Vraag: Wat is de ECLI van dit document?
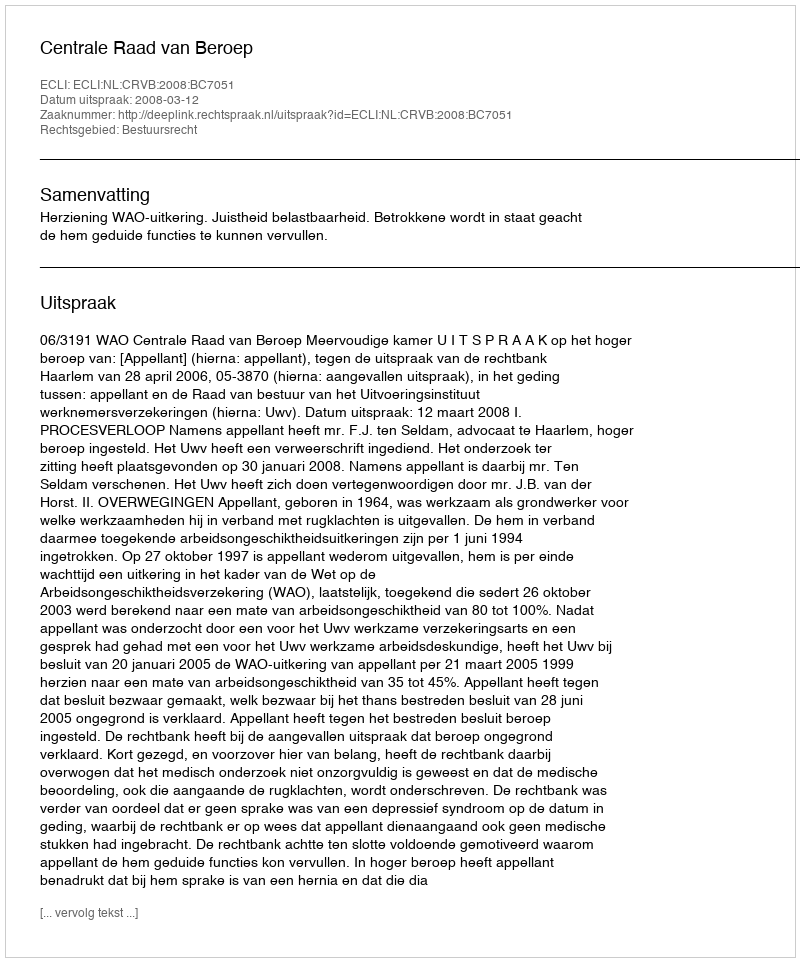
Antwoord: ECLI:NL:CRVB:2008:BC7051